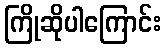
ကြိုဆိုပါကြောင်း